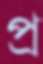
প্র